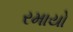
રમાયો